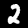
Label: 2